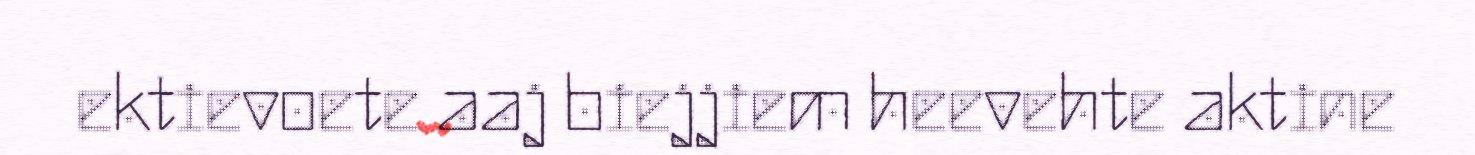
ektievoete aaj biejjiem heevehte aktine